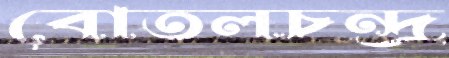
বোতলচন্দ্র